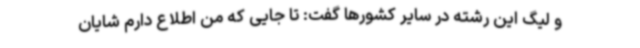
و لیگ این رشته در سایر کشورها گفت: تا جایی که من اطلاع دارم شایان